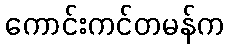
ကောင်းကင်တမန်က